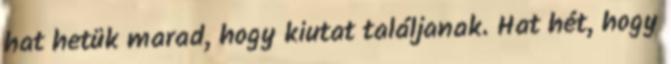
hat hetük marad, hogy kiutat találjanak. Hat hét, hogy